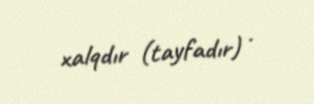
xalqdır (tayfadır) .